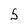
Character: 5